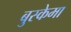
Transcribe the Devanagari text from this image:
बुस्केमा